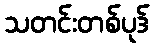
သတင်းတစ်ပုဒ်